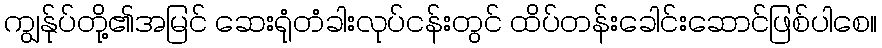
ကျွန်ုပ်တို့၏အမြင် ဆေးရုံတံခါးလုပ်ငန်းတွင် ထိပ်တန်းခေါင်းဆောင်ဖြစ်ပါစေ။